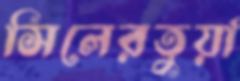
সিলেরতুয়া